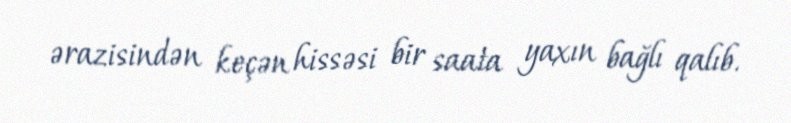
ərazisindən keçən hissəsi bir saata yaxın bağlı qalıb.